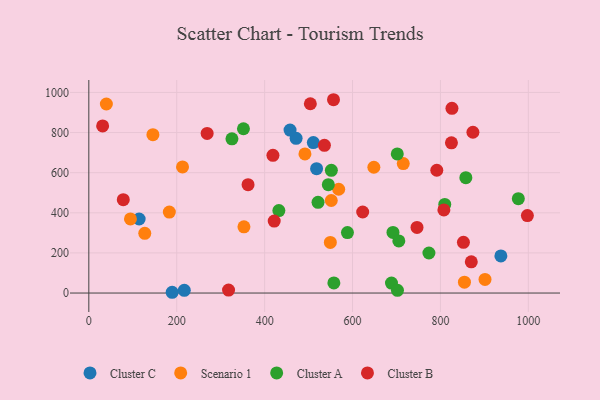
{"axis": {"x": "Price", "y": "Demand"}, "legend": ["Cluster A", "Cluster B", "Cluster C", "Scenario 1"], "data": [{"x": "189.6", "y": 3.8, "type": "Cluster C"}, {"x": "471.6", "y": 771.3, "type": "Cluster C"}, {"x": "217.2", "y": 13.6, "type": "Cluster C"}, {"x": "937.5", "y": 184.8, "type": "Cluster C"}, {"x": "114.5", "y": 369.0, "type": "Cluster C"}, {"x": "510.8", "y": 750.3, "type": "Cluster C"}, {"x": "457.8", "y": 812.2, "type": "Cluster C"}, {"x": "518.2", "y": 620.2, "type": "Cluster C"}, {"x": "145.8", "y": 789.4, "type": "Scenario 1"}, {"x": "127.3", "y": 297.9, "type": "Scenario 1"}, {"x": "901.4", "y": 67.9, "type": "Scenario 1"}, {"x": "568.5", "y": 517.3, "type": "Scenario 1"}, {"x": "39.9", "y": 942.3, "type": "Scenario 1"}, {"x": "551.6", "y": 461.3, "type": "Scenario 1"}, {"x": "183.2", "y": 403.6, "type": "Scenario 1"}, {"x": "94.7", "y": 369.5, "type": "Scenario 1"}, {"x": "854.6", "y": 54.3, "type": "Scenario 1"}, {"x": "549.5", "y": 252.5, "type": "Scenario 1"}, {"x": "715.4", "y": 645.5, "type": "Scenario 1"}, {"x": "352.9", "y": 330.1, "type": "Scenario 1"}, {"x": "491.7", "y": 693.5, "type": "Scenario 1"}, {"x": "648.5", "y": 627.0, "type": "Scenario 1"}, {"x": "213.2", "y": 628.5, "type": "Scenario 1"}, {"x": "809.8", "y": 441.8, "type": "Cluster A"}, {"x": "688.6", "y": 49.5, "type": "Cluster A"}, {"x": "692.0", "y": 302.4, "type": "Cluster A"}, {"x": "521.5", "y": 452.1, "type": "Cluster A"}, {"x": "351.8", "y": 818.9, "type": "Cluster A"}, {"x": "977.2", "y": 470.2, "type": "Cluster A"}, {"x": "701.8", "y": 693.6, "type": "Cluster A"}, {"x": "325.6", "y": 769.0, "type": "Cluster A"}, {"x": "588.4", "y": 301.5, "type": "Cluster A"}, {"x": "551.8", "y": 611.8, "type": "Cluster A"}, {"x": "544.9", "y": 540.2, "type": "Cluster A"}, {"x": "432.4", "y": 410.9, "type": "Cluster A"}, {"x": "557.5", "y": 50.4, "type": "Cluster A"}, {"x": "857.8", "y": 575.2, "type": "Cluster A"}, {"x": "773.8", "y": 199.6, "type": "Cluster A"}, {"x": "702.2", "y": 13.7, "type": "Cluster A"}, {"x": "705.3", "y": 259.6, "type": "Cluster A"}, {"x": "791.7", "y": 612.2, "type": "Cluster B"}, {"x": "504.0", "y": 943.7, "type": "Cluster B"}, {"x": "623.1", "y": 404.1, "type": "Cluster B"}, {"x": "873.9", "y": 801.5, "type": "Cluster B"}, {"x": "317.9", "y": 15.0, "type": "Cluster B"}, {"x": "78.4", "y": 465.4, "type": "Cluster B"}, {"x": "31.4", "y": 832.9, "type": "Cluster B"}, {"x": "826.2", "y": 920.7, "type": "Cluster B"}, {"x": "746.7", "y": 326.9, "type": "Cluster B"}, {"x": "825.0", "y": 748.8, "type": "Cluster B"}, {"x": "418.9", "y": 686.5, "type": "Cluster B"}, {"x": "556.7", "y": 963.7, "type": "Cluster B"}, {"x": "997.8", "y": 386.2, "type": "Cluster B"}, {"x": "807.8", "y": 414.5, "type": "Cluster B"}, {"x": "852.3", "y": 252.6, "type": "Cluster B"}, {"x": "362.3", "y": 540.0, "type": "Cluster B"}, {"x": "421.8", "y": 358.6, "type": "Cluster B"}, {"x": "269.2", "y": 795.9, "type": "Cluster B"}, {"x": "536.0", "y": 736.5, "type": "Cluster B"}, {"x": "870.2", "y": 155.8, "type": "Cluster B"}]}